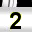
Digit: 2